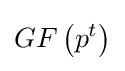
GF\left(p^{t}\right)